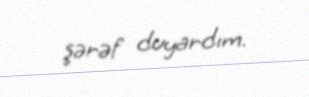
şərəf duyardım.